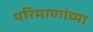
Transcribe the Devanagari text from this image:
परिमाणांच्या